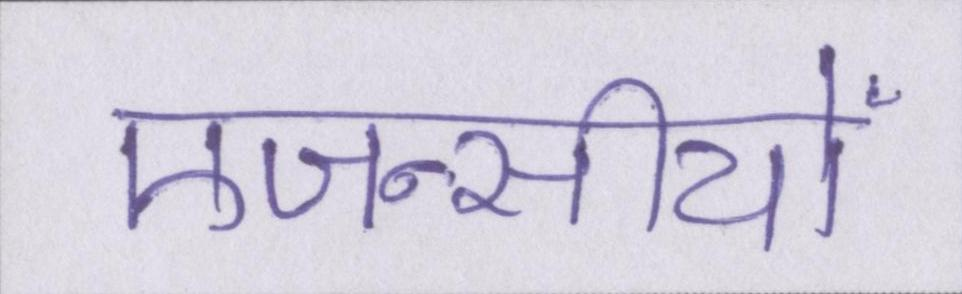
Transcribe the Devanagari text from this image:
एजन्सीयों